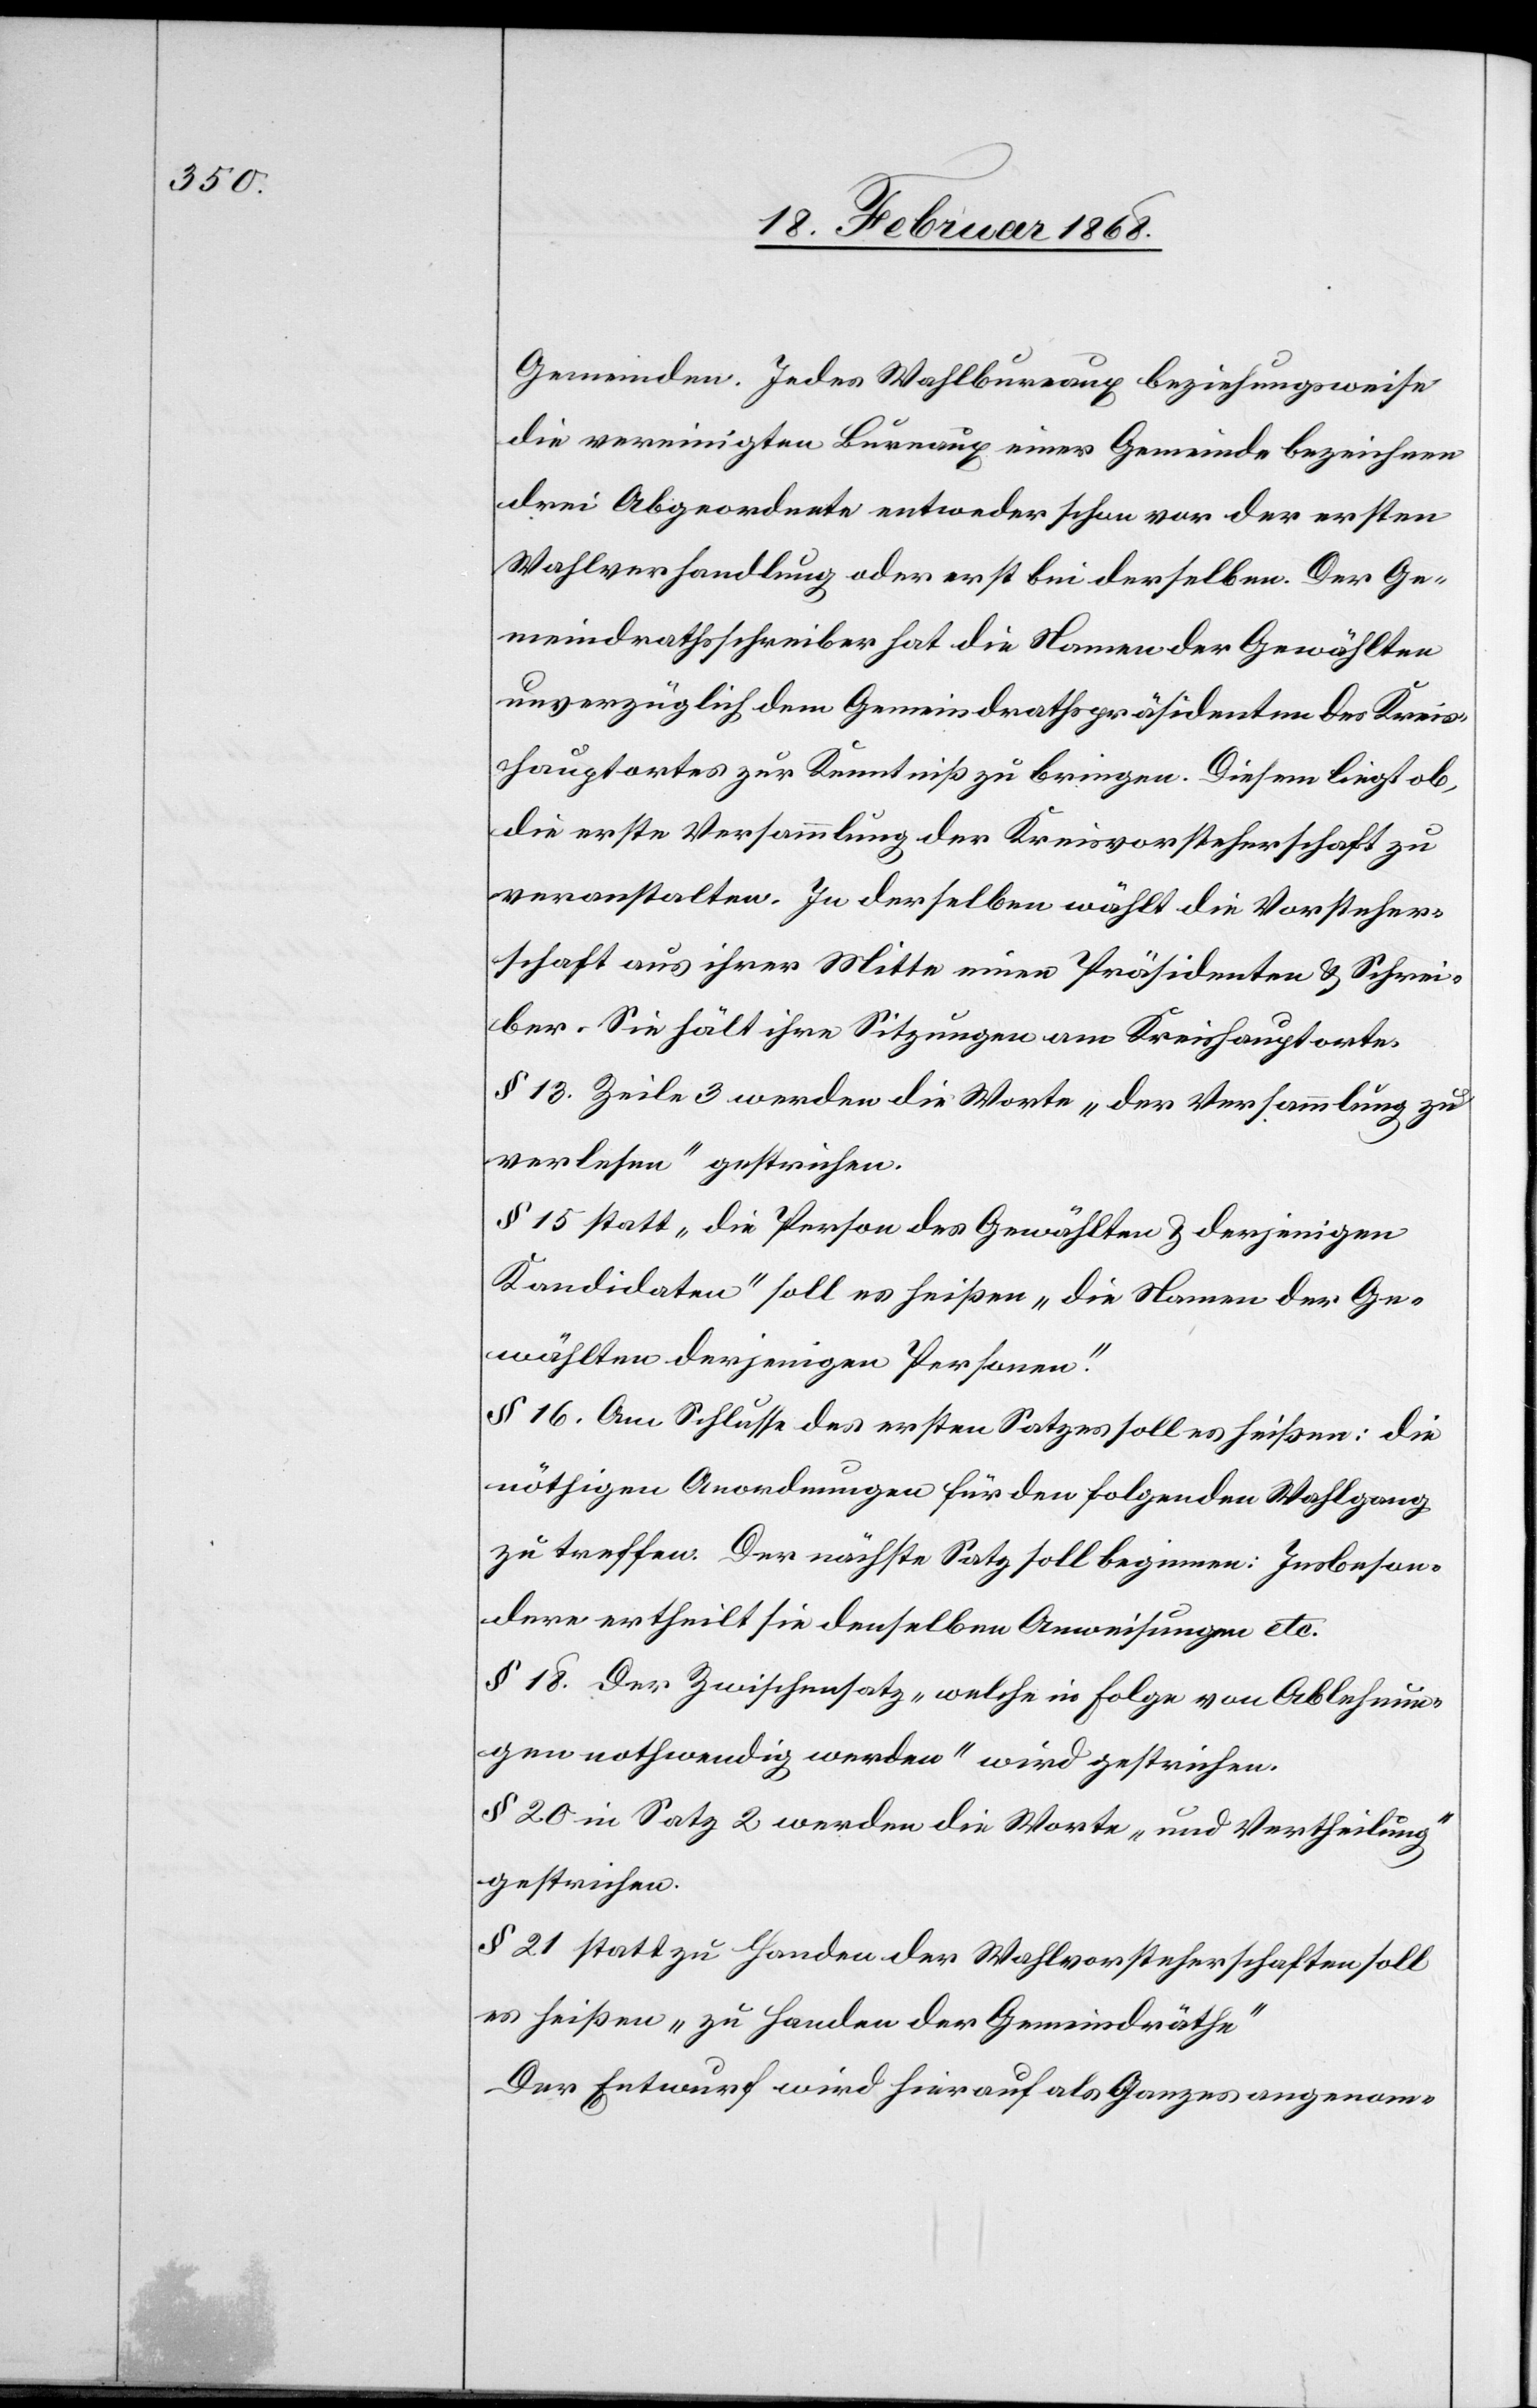
Gemeinden. Jedes Wahlbureaux beziehungsweise
die vereinigten Bureaux einer Gemeinde bezeichnen
drei Abgeordnete entweder schon vor der ersten
Wahlverhandlung oder erst bei derselben. Der Ge¬
meindrathsschreiber hat die Namen der Gewählten
unverzüglich dem Gemeindrathspräsidenten des Kreis¬
hauptortes zur Kenntniß zu bringen. Diesem liegt ob,
die erste Versammlung der Kreisvorsteherschaft zu
veranstalten. In derselben wählt die Vorsteher¬
schaft aus ihrer Mitte einen Präsidenten & Schrei¬
ber. Sie hält ihre Sitzungen am Kreishauptorte.
§ 13. Zeile 3 werden die Worte „der Versammlung zu
verlesen“ gestrichen.
§ 15 statt „die Person des Gewählten & derjenigen
Kandidaten“ soll es heißen „die Namen der Ge¬
wählten derjenigen Personen“.
§ 16. Am Schlusse des ersten Satzes soll es heißen: die
nöthigen Anordnungen für den folgenden Wahlgang
zu treffen. Der nächste Satz soll beginnen: Insbeson¬
dere ertheilt sie denselben Anweisungen etc.
§ 18. Der Zwischensatz „welche in Folge von Ablehnun¬
gen nothwendig werden“ wird gestrichen.
§ 20 in Satz 2 werden die Worte „und Vertheilung“
gestrichen.
§ 21 statt zu Handen der Wahlvorsteherschaften soll
es heißen „zu Handen der Gemeindräthe“
Der Entwurf wird hierauf als Ganzes angenom-